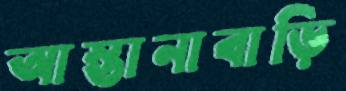
আস্তানাবাড়ি